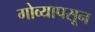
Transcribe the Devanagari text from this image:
गोव्यापसून